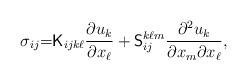
LaTeX: \begin{align*}\sigma_{ij} {=} \mathsf{K}_{ijk\ell} \frac{\partial u_k}{\partial x_\ell} + \mathsf{S}_{ij}^{k \ell m} \frac{\partial^2 u_k}{\partial x_m \partial x_\ell},\end{align*}